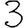
Digit: 3